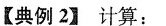
【典例2】计算：